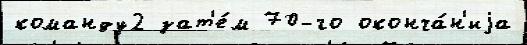
команду2 зат'е́м 70-го оконча́н'иjа